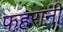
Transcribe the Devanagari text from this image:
फहरानी